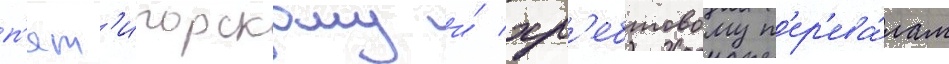
п'ят'игорскому и́ хр'ебтовому п'ер'ева́лам